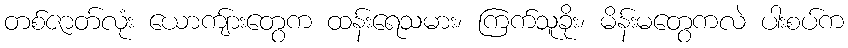
တစ်ဇာတ်လုံး ယောကျ်ားတွေက ထန်းရေသမား၊ ကြက်သူခိုး၊ မိန်းမတွေကလဲ ပါးစပ်က